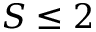
S \le 2